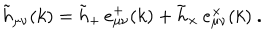
LaTeX: \tilde { h } _ { \mu \nu } ( k ) = \tilde { h } _ { + } \, e _ { \mu \nu } ^ { + } ( k ) + \tilde { h } _ { \times } \, e _ { \mu \nu } ^ { \times } ( k ) \ .